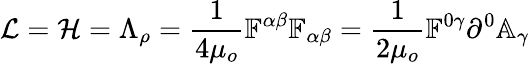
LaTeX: \mathcal{L}=\mathcal{H}=\Lambda_{\rho}=\frac{1}{4\mu_{o}}\mathbb{F}^{\alpha\beta}\mathbb{F}_{\alpha\beta}=\frac{1}{2\mu_{o}}\mathbb{F}^{0\gamma}\partial^{0}\mathbb{A}_{\gamma}